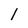
Character: l